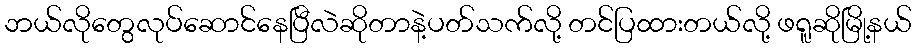
ဘယ်လိုတွေလုပ်ဆောင်နေပြီလဲဆိုတာနဲ့ပတ်သက်လို့ တင်ပြထားတယ်လို့ ဖရူဆိုမြို့နယ်